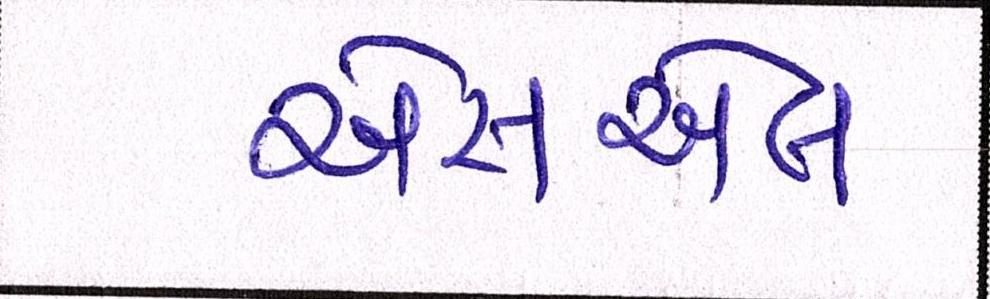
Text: એસએલ